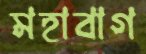
মহাবাগ